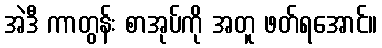
အဲဒီ ကာတွန်း စာအုပ်ကို အတူ ဖတ်ရအောင်။